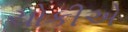
ચોકીએ